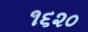
૧૬૨૦